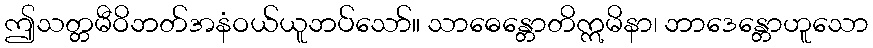
ဤသတ္တမီဝိဘတ်အနံဝယ်ယူဘပ်သော်။ သာဓေန္တောတိဣမိနာ၊ ဘာဒေန္တောဟူသော